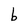
Character: b